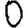
Digit: 0